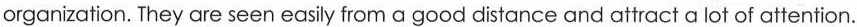
organization. They are seen easily from a good distance and attract a lot of attention.